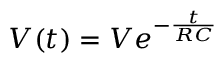
V ( t ) = V e ^ { - \frac { t } { R C } }